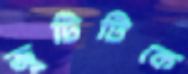
জুটিটিকে